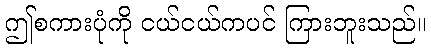
ဤစကားပုံကို ငယ်ငယ်ကပင် ကြားဘူးသည်။